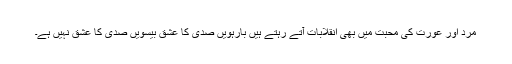
مرد اور عورت کی محبت میں بھی انقلابات آتے رہتے ہیں بارہویں صدی کا عشق بیسویں صدی کا عشق نہیں ہے۔